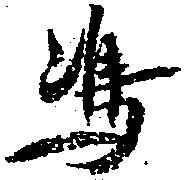
嶋